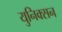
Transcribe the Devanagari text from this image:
युनिक्सन